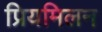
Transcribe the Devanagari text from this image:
प्रियमिलन